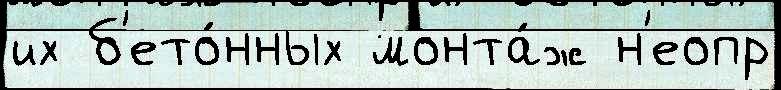
их б'ето́нных монта́ж н'еопр